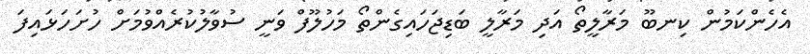
އެހެންކަމުން ކިނބޫ މަރާލީތޯ އަދި މަރާލީ ބަޑިޖަހައިގެންތޯ މަހުލޫފް ވަނީ ސުވާލުކުރެއްވުމަށް ހުށަހަޅައިފަ